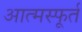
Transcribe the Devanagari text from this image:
आत्मस्फूर्त